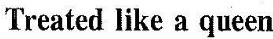
'Treatel lilke u qmecn